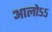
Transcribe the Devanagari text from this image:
आलोऽऽ